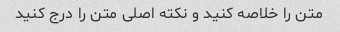
متن را خلاصه کنید و نکته اصلی متن را درج کنید